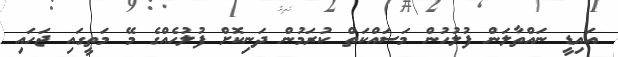
އައިޑީ ނައްތާލަން ފުލުހުން މަސައްކަތް ކުރަމުން ދަނިކޮށް ފުލުހެއްގެ މޭ މަތީގައި ޖަހައި